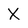
Character: X